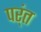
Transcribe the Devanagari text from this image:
पर्ंत